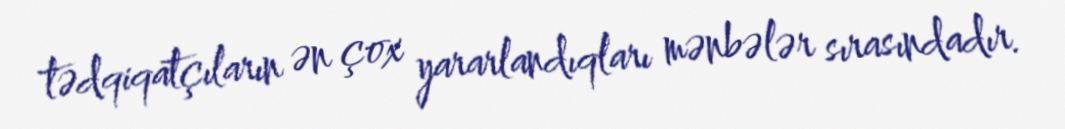
tədqiqatçıların ən çox yararlandıqları mənbələr sırasındadır.